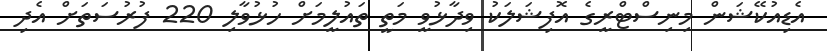
އެޑިއުކޭޝަން މިނިސްޓްރީގެ އޮފިޝަލަކު ވިދާޅުވީ މަތީ ތައުލީމަށް ހުޅުވާލި 220 ފުރުސަތަށް އެދި